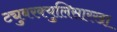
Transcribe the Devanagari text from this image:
ट्युबरक्युलिसारखा